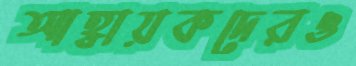
আহ্বায়কদেরও